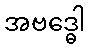
အဗဒ္ဓေါ